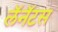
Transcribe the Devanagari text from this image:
लॅनॅटस